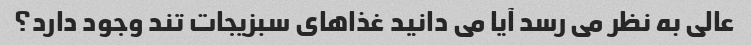
عالی به نظر می رسد آیا می دانید غذاهای سبزیجات تند وجود دارد؟